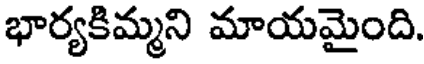
భార్యకిమ్మని మాయమైంది.